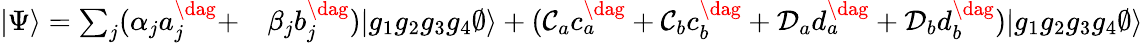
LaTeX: \begin{array}{rl}{|\Psi\rangle=\sum_{j}(\alpha_{j}a_{j}^{\dag}+}&{{}\beta_{j}b_{j}^{\dag})|g_{1}g_{2}g_{3}g_{4}\emptyset\rangle+(\mathcal{C}_{a}c_{a}^{\dag}+\mathcal{C}_{b}c_{b}^{\dag}+\mathcal{D}_{a}d_{a}^{\dag}+\mathcal{D}_{b}d_{b}^{\dag})|g_{1}g_{2}g_{3}g_{4}\emptyset\rangle}\end{array}